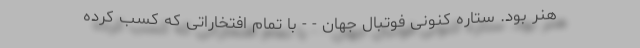
هنر بود. ستاره کنونی فوتبال جهان - - با تمام افتخاراتی که کسب کرده